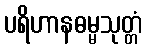
ပရိဟာနဓမ္မသုတ္တံ